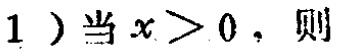
1）当 \(x > 0\)，则